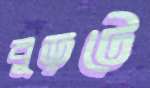
বুড়টে